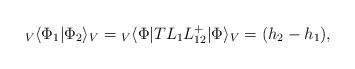
LaTeX: \begin{align*}{}_V\langle\Phi_1 |\Phi_2\rangle_V={}_V\langle\Phi|T L_1L_{12}^+|\Phi\rangle_V=(h_2-h_1),\end{align*}